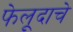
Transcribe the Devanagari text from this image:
फेलूदाचे